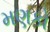
મણકો